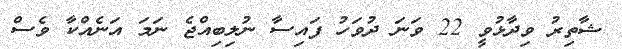
ޝާތިރު ވިދާޅުވީ 22 ވަނަ ދުވަހު ފައިސާ ނުލިބިއްޖެ ނަމަ އަނެއްކާ ވެސް